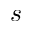
s